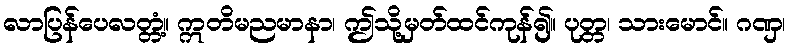
လာပြန်ပေလတ္တံ့။ ဣတိမညမာနာ၊ ဤသို့မှတ်ထင်ကုန်၍။ ပုတ္တ၊ သားမောင်။ ဂဏှ၊